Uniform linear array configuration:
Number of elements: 32
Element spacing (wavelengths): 0.5
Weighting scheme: cosine
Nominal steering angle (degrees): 30
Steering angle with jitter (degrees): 29.069
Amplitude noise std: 0.05
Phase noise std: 0.05

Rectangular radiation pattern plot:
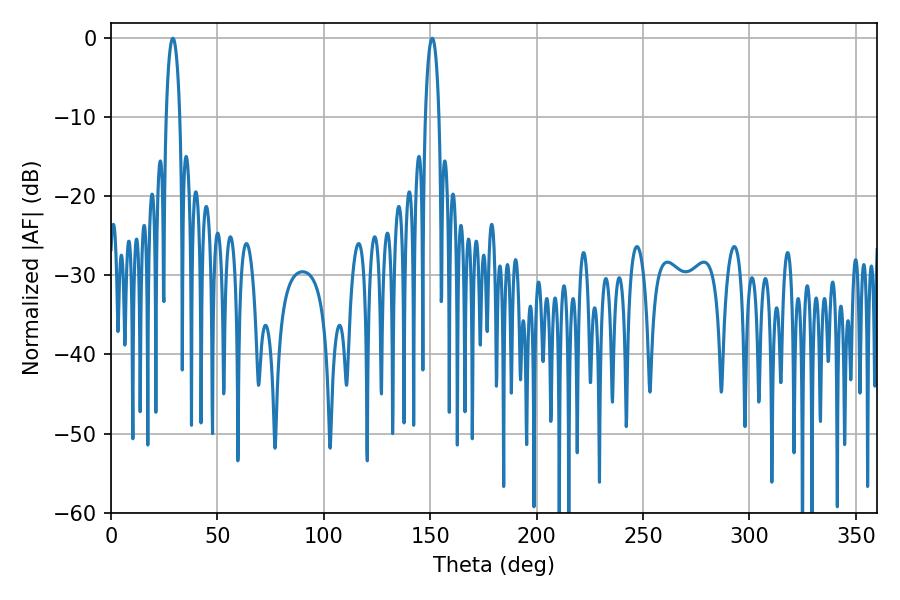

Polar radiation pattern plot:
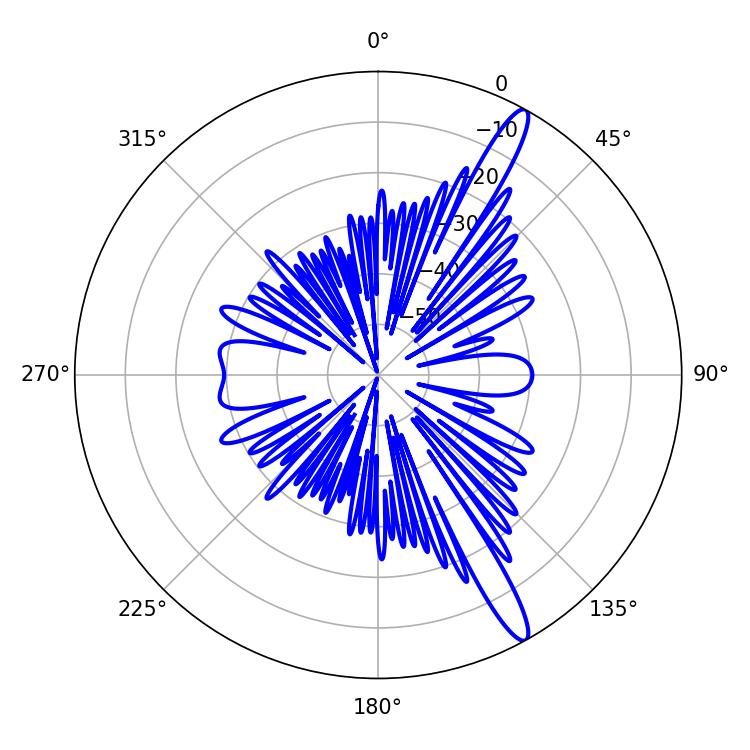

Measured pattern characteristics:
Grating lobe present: FALSE
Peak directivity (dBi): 14.613
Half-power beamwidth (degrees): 3.6
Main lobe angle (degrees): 28.98